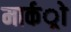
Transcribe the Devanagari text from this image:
मार्कर्ो